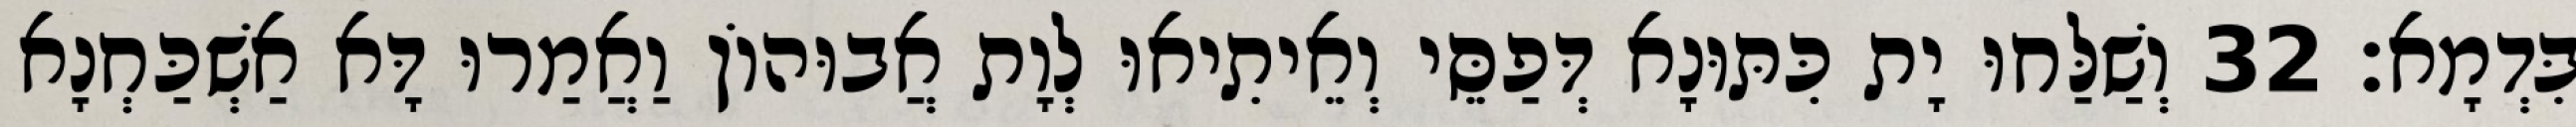
בִּדְמָא׃ 32 וְשַׁלַּחוּ יָת כִּתּוּנָא דְּפַסֵּי וְאֵיתִיאוּ לְוָת אֲבוּהוֹן וַאֲמַרוּ דָּא אַשְׁכַּחְנָא